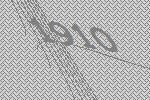
1910